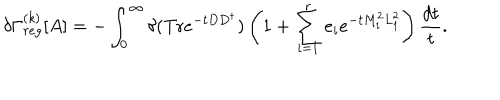
\delta \Gamma _ { r e g } ^ { ( k ) } [ A ] = - \int _ { 0 } ^ { \infty } \delta ( \mathrm { T r } e ^ { - t D D ^ { \dagger } } ) \left( 1 + \sum _ { i = 1 } ^ { r } e _ { i } e ^ { - t M _ { i } ^ { 2 } L _ { 1 } ^ { 2 } } \right) \frac { d t } { t } .